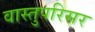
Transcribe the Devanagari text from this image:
वास्तुपरिसर